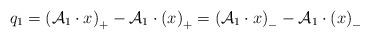
LaTeX: \begin{align*} q_{1}=\left ( \mathcal{A}_{1}\cdot x \right )_{+} - \mathcal{A}_{1} \cdot\left ( x \right )_{+}=\left ( \mathcal{A}_{1}\cdot x \right )_{-} - \mathcal{A}_{1} \cdot\left ( x \right )_{-} \end{align*}